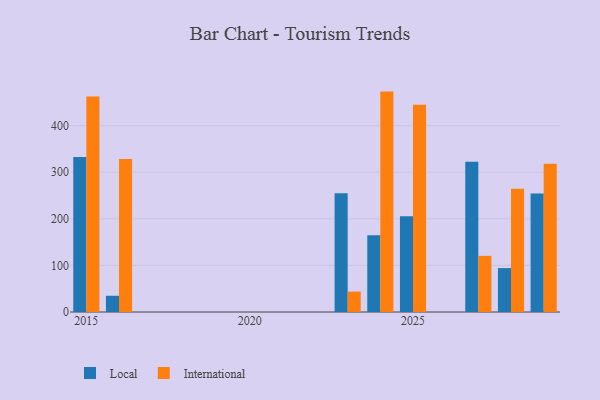
{"axis": {"x": "Year", "y": "Revenue (USD Million)"}, "legend": ["International", "Local"], "data": [{"x": "2015", "y": 332.9, "type": "Local"}, {"x": "2015", "y": 462.4, "type": "International"}, {"x": "2023", "y": 254.6, "type": "Local"}, {"x": "2023", "y": 43.8, "type": "International"}, {"x": "2016", "y": 34.8, "type": "Local"}, {"x": "2016", "y": 328.3, "type": "International"}, {"x": "2024", "y": 164.9, "type": "Local"}, {"x": "2024", "y": 473.0, "type": "International"}, {"x": "2029", "y": 254.4, "type": "Local"}, {"x": "2029", "y": 317.9, "type": "International"}, {"x": "2025", "y": 205.6, "type": "Local"}, {"x": "2025", "y": 444.8, "type": "International"}, {"x": "2027", "y": 322.7, "type": "Local"}, {"x": "2027", "y": 120.5, "type": "International"}, {"x": "2028", "y": 94.2, "type": "Local"}, {"x": "2028", "y": 264.4, "type": "International"}]}